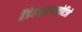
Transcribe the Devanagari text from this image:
हैंडेलशुत्जफ्लोटिले